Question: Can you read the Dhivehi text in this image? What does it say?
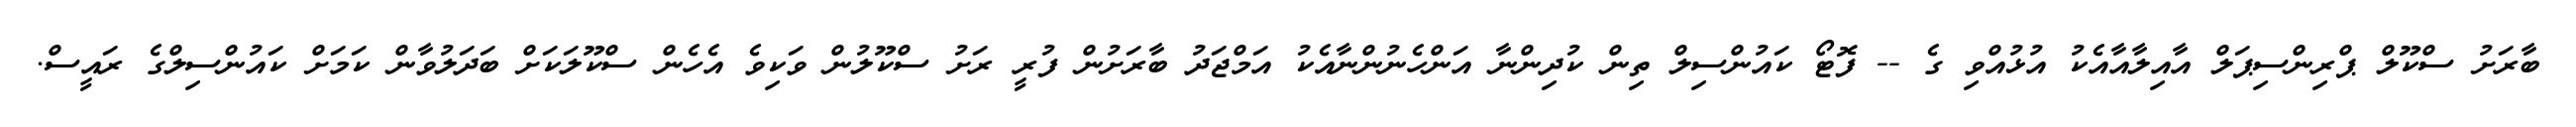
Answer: ބާރަށު ސްކޫލް ޕްރިންސިޕަލް އާއިލާއާއެކު އުޅުއްވި ގެ -- ފޮޓޯ ކައުންސިލް ތިން ކުދިންނާ އަންހެނުންނާއެކު އަމްޖަދު ބާރަށުން ފުރީ ރަށު ސްކޫލުން ވަކިވެ އެހެން ސްކޫލަކަށް ބަދަލުވާން ކަމަށް ކައުންސިލްގެ ރައީސް.